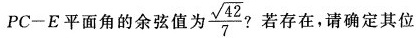
PC-E平面角的余弦值为\frac{\sqrt{42} }{7} ？若存在，请确定其位